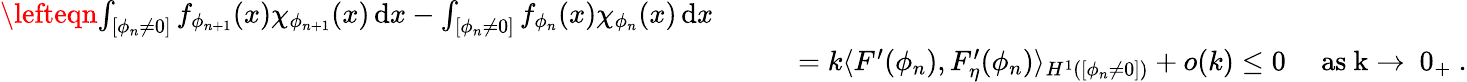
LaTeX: \begin{array}{rl}{\lefteqn{\int_{[\phi_{n}\neq 0]}f_{\phi_{n+1}}(x)\chi_{\phi_{n+1}}(x)\, \mathrm{d}x-\int_{[\phi_{n}\neq 0]}f_{\phi_{n}}(x)\chi_{\phi_{n}}(x)\, \mathrm{d}x}}\\ &{\qquad=k\langle F^{\prime}(\phi_{n}),F_{\eta}^{\prime}(\phi_{n})\rangle_{H^{1}([\phi_{n}\neq 0])}+o(k)\le 0\quad\mathrm{~as~k\to~0_+~.}}\end{array}